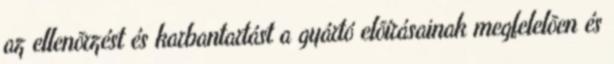
az ellenõrzést és karbantartást a gyártó elõírásainak megfelelõen és